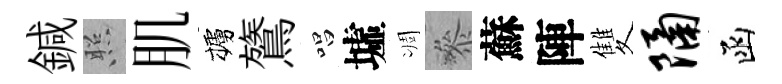
鍼照肌櫨鷟唱墟凋叅蘇陣雙隔函